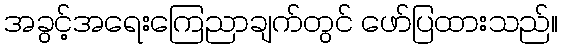
အခွင့်အရေးကြေညာချက်တွင် ဖော်ပြထားသည်။